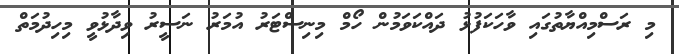
މި ރަސްމިއްޔާތުގައި ވާހަކަފުޅު ދައްކަވަމުން ހޯމް މިނިސްޓަރު އުމަރު ނަސީރު ވިދާޅުވީ މިހިދުމަތް